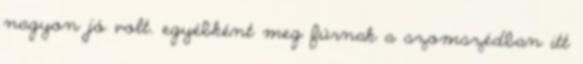
nagyon jó volt. egyébként meg fúrnak a szomszédban itt